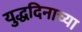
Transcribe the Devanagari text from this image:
युद्धदिनाच्या